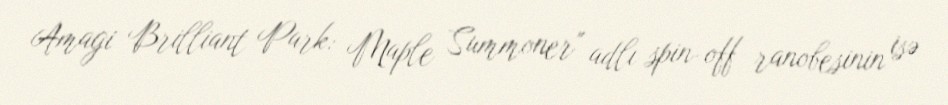
Amagi Brilliant Park: Maple Summoner" adlı spin-off ranobesinin isə